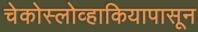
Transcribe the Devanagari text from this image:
चेकोस्लोव्हाकियापासून